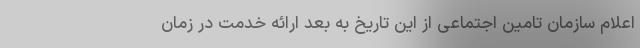
اعلام سازمان تامین اجتماعی از این تاریخ به بعد ارائه خدمت در زمان